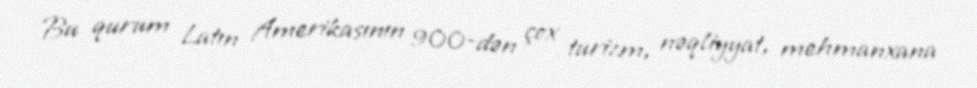
Bu qurum Latın Amerikasının 900-dən çox turizm, nəqliyyat, mehmanxana